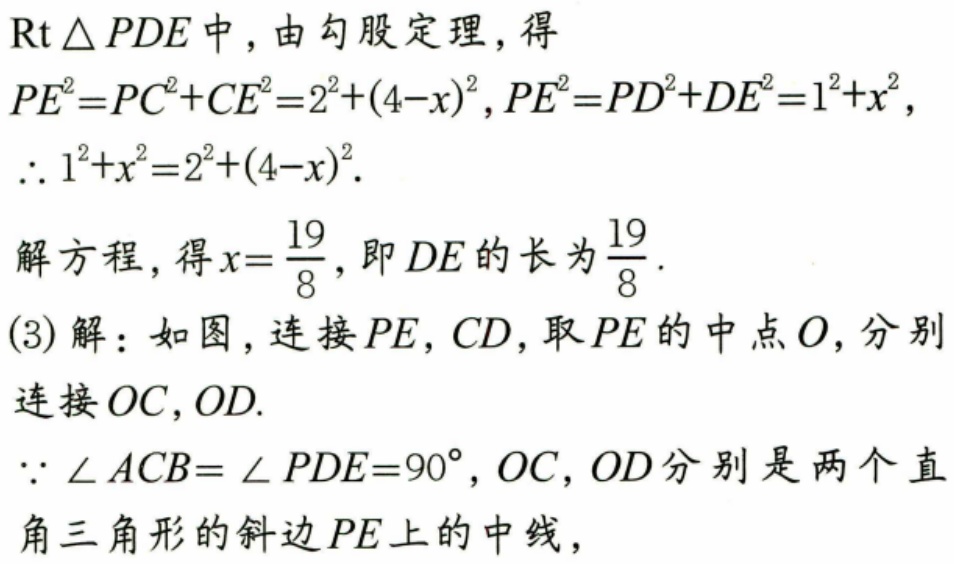
\(Rt\triangle PDE\)中，由勾股定理，得
\(PE^{2}=PC^{2}+CE^{2}=2^{2}+(4 - x)^{2},PE^{2}=PD^{2}+DE^{2}=1^{2}+x^{2}\)，
\(\therefore 1^{2}+x^{2}=2^{2}+(4 - x)^{2}\).
解方程，得\(x = \frac{19}{8}\)，即\(DE\)的长为\(\frac{19}{8}\).
(3)解：如图，连接\(PE,CD\)，取\(PE\)的中点\(O\)，分别连接\(OC,OD\).
\(\because \angle ACB = \angle PDE = 90^{\circ},OC,OD\)分别是两个直角三角形的斜边\(PE\)上的中线，